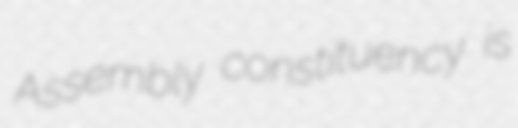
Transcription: Assembly constituency is